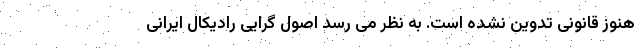
هنوز قانونی تدوین نشده است. به نظر می رسد اصول گرایی رادیکال ایرانی